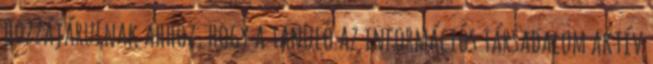
hozzájárulnak ahhoz, hogy a tanuló az információs társadalom aktív